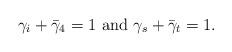
LaTeX: \begin{align*}\gamma_i+\bar{\gamma}_4=1 \,\, {\rm and }\,\, \gamma_s +\bar{\gamma}_t =1.\end{align*}